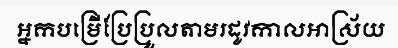
អ្នកបម្រើប្រែប្រួលតាមរដូវកាលអាស្រ័យ